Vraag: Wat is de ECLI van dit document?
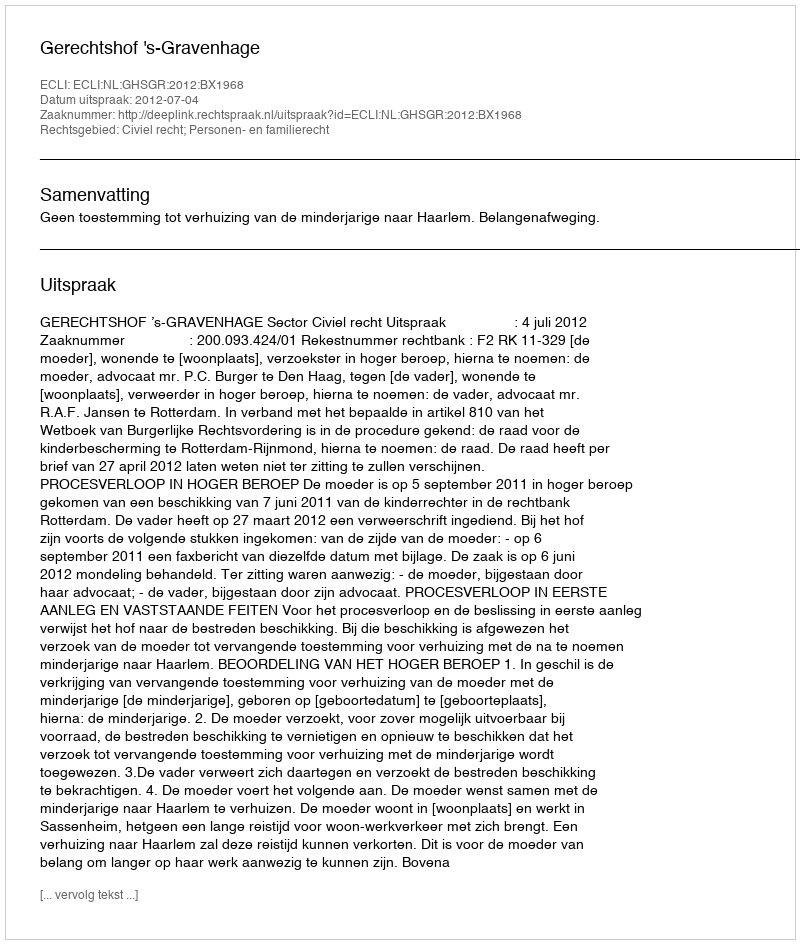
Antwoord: ECLI:NL:GHSGR:2012:BX1968